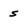
Character: 5